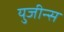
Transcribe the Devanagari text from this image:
युजीन्स